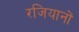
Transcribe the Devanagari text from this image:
रजियानों